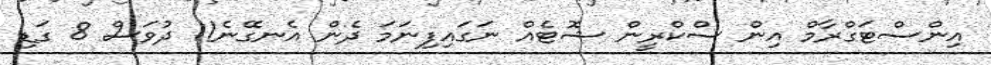
އިންސްޓަގްރާމް އިން ސްކްރީން ޝޮޓެއް ނަގައިފިނަމަ ދެން އެނގޭނެ!1 ދުވަސް 8 ގަޑި